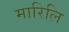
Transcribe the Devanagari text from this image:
मारिलि